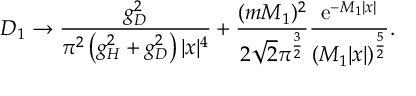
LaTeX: D _ { 1 } \to \frac { g _ { D } ^ { 2 } } { \pi ^ { 2 } \left( g _ { H } ^ { 2 } + g _ { D } ^ { 2 } \right) | x | ^ { 4 } } + \frac { ( m M _ { 1 } ) ^ { 2 } } { 2 \sqrt { 2 } \pi ^ { \frac 3 2 } } \frac { \mathrm { e } ^ { - M _ { 1 } | x | } } { ( M _ { 1 } | x | ) ^ { \frac 5 2 } } .